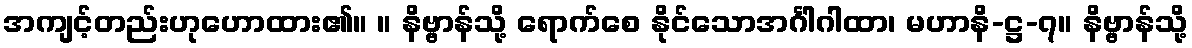
အကျင့်တည်းဟုဟောထား၏။ ။ နိဗ္ဗာန်သို့ ရောက်စေ နိုင်သောအင်္ဂါဂါထာ၊ မဟာနိ-ဋ္ဌ-၇။ နိဗ္ဗာန်သို့